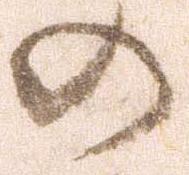
の